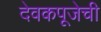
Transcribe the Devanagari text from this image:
देवकपूजेची